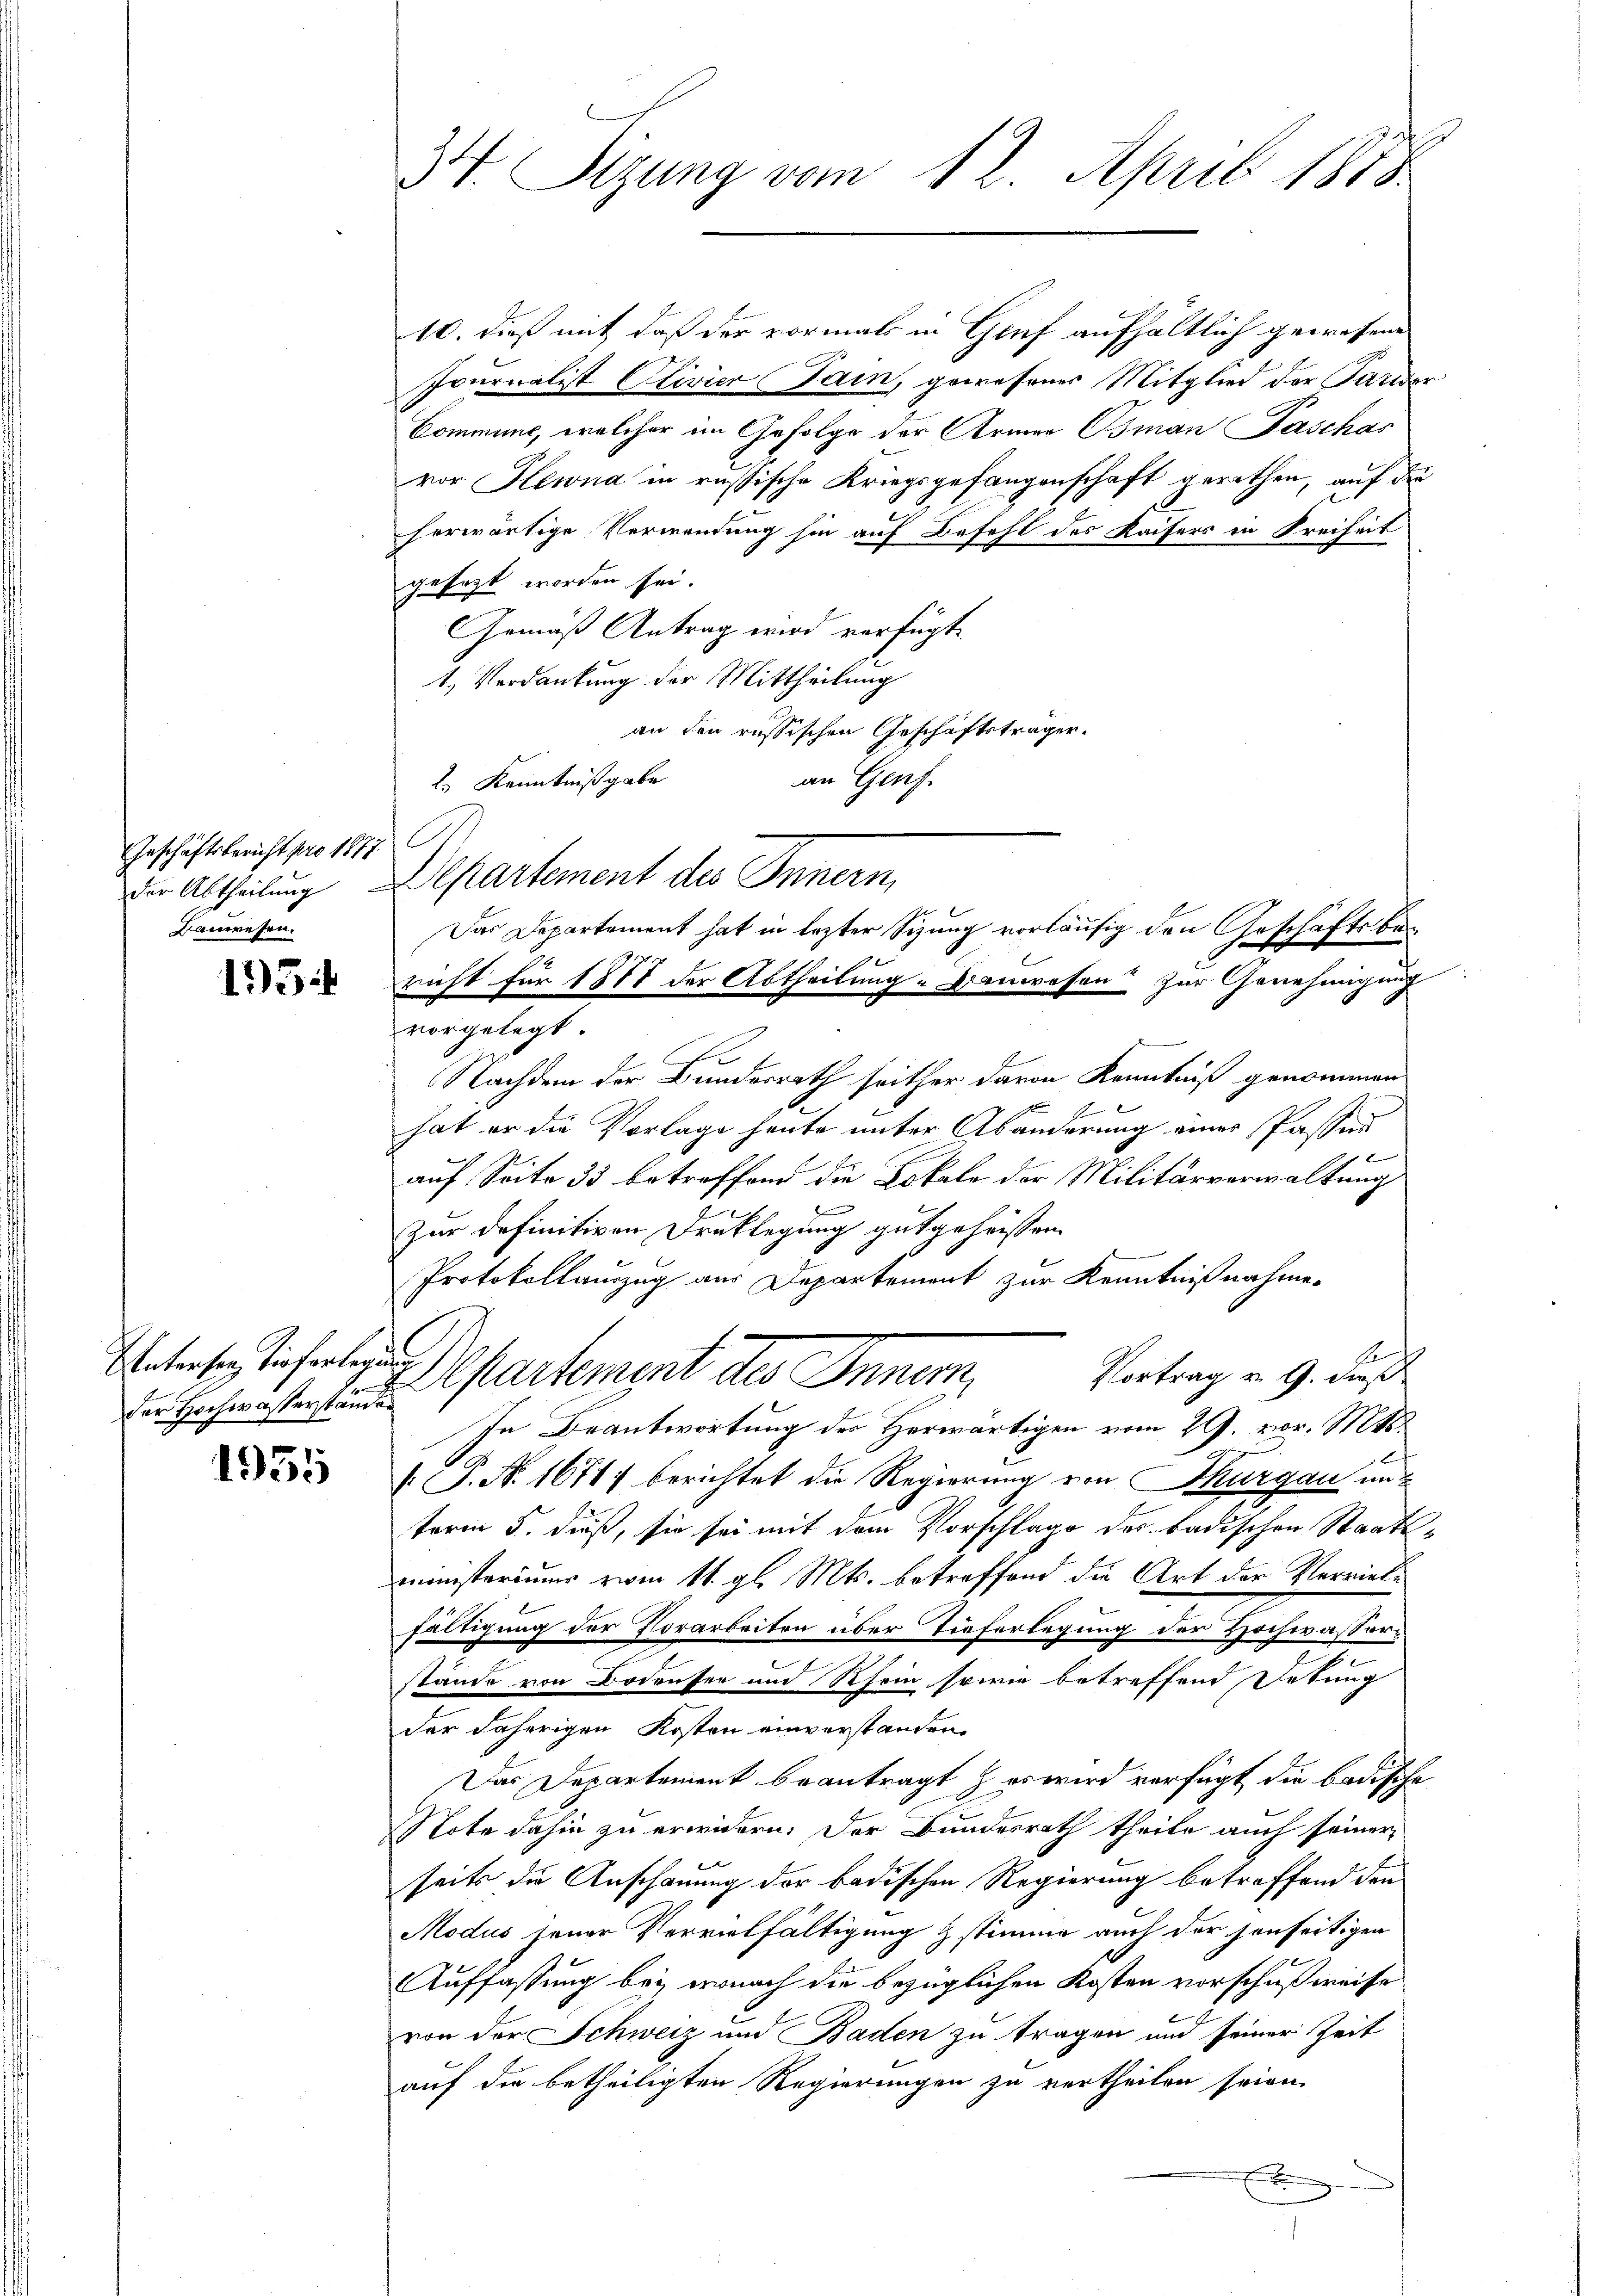
Geschäftsbericht pro 1877.
Kauwesen.

1934

Untersey, tieferlegun
der Hochwasserständen

1955

34. Tizung vom 12. April 1878

G
der Abtheilung Departement des Innern,

10. dieß mit daß der vormals in Gruf aufhältlich gewesene
Journalist Olivier Sain, gewesener Mitglied der Parisar
Commune, welcher im Gefolge der Armen Osman Paschas
vor Hlewna in russische Kriegsgefangenschaft gerathen, auf die
herwärtige Verwendung sie auf Befehl des Kaisers in Freiheit
gesezt worden sei.
Gemäß Antrag wird verfügt
1.) Verdankung der Mittheilung
an den russischen Geschäftsträger.
an Genf.
2. Kenntnißgabe
.
richt für 1871 der Abtheilung-Banwesen zur Genehmigung
vorgelegt.
Nachdem der Bundesrath seither davon Kenntniß genommen
E
hat er die Vorlage heute unter Abänderung einer Passen
b
auf Seite 33 betreffend die Lokale der Militärverwaltung
Zur definitiven Drucklegung gutgeheissen.
Protokollauszug aus Departemont zur Kenntnißnahme.
Vortrag v. 9. dieß
Departement des Innern,
In Beantwortung der Herwärtigen vom 29. vor. Mts.
 P. N. 1671) berichtet die Regierung von Thurgau un
term 5. dieß, sie sei mit dem Vorschlage des badischen Staatsministerium vom 11. gl. Mts. betreffend die Art der Verviele
fältigung der Vorarbeiten über Tieferlegung der Hochwasser¬
.
stände von Bodenser und Rhein sowie betreffend Detung
der jährigen Kosten einverstanden
Das Departement beantragt, es wird verfügt die badische
Note dahin zu erwidern. Der Bundesrath theile auch seiner
seits die Anschauung der badischen Regierung betreffend den
Modus jener Vervielfältigung & stimme auch der sonseitigen
Auffassung bei, wonach die bezüglichen Kosten vorschußweise
von der Schweiz und Baden zu tragen und seiner Zeit
auf die betheiligten Regierungen zu vertheilen seien.
e

Das Departement hat in lezter Sizung vorläufig den Geschäftsbe¬